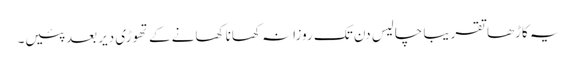
یہ کاڑھا تقریباً چالیس دن تک روزانہ کھانا کھانے کے تھوڑی دیر بعد پئیں۔